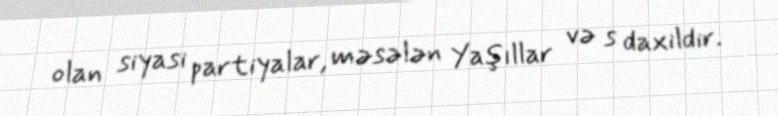
olan siyasi partiyalar, məsələn Yaşıllar və s daxildir.